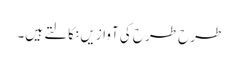
طرح طرح کی آوازیں نکالتے ہیں۔